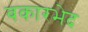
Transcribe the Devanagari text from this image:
बकारभेद